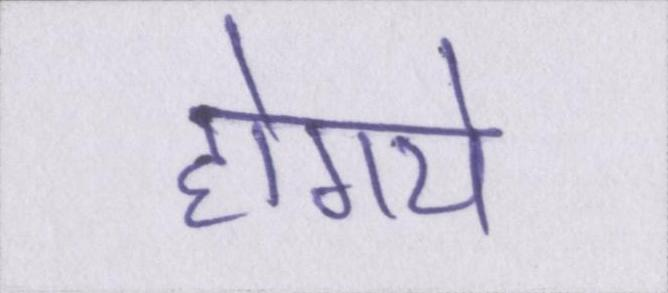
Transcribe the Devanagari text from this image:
होगये